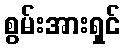
စွမ်းအားရှင်